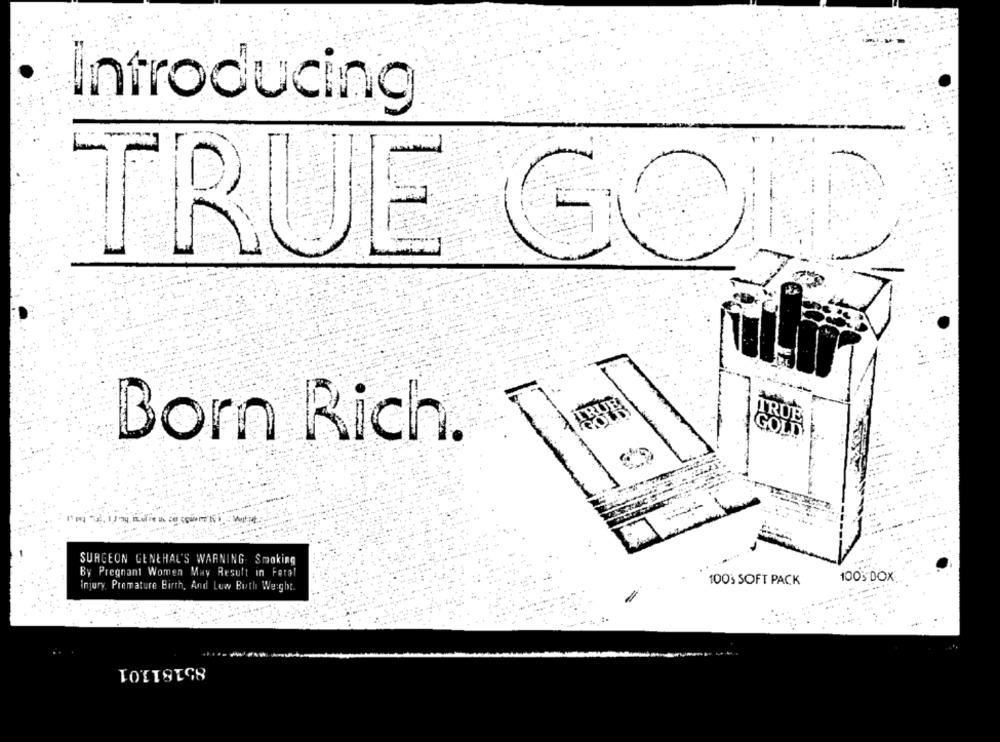
Introducing
TRUE GOL
RUE
TRUE
GOLD
Born Rich.
SURGEON GENTHAL'S WARNING Smoking
By Pregnant Women May Result in Feral
100% DOX.
injury. Premature Birth, And Low Both Weight.
100's SOFT PACK
85181101